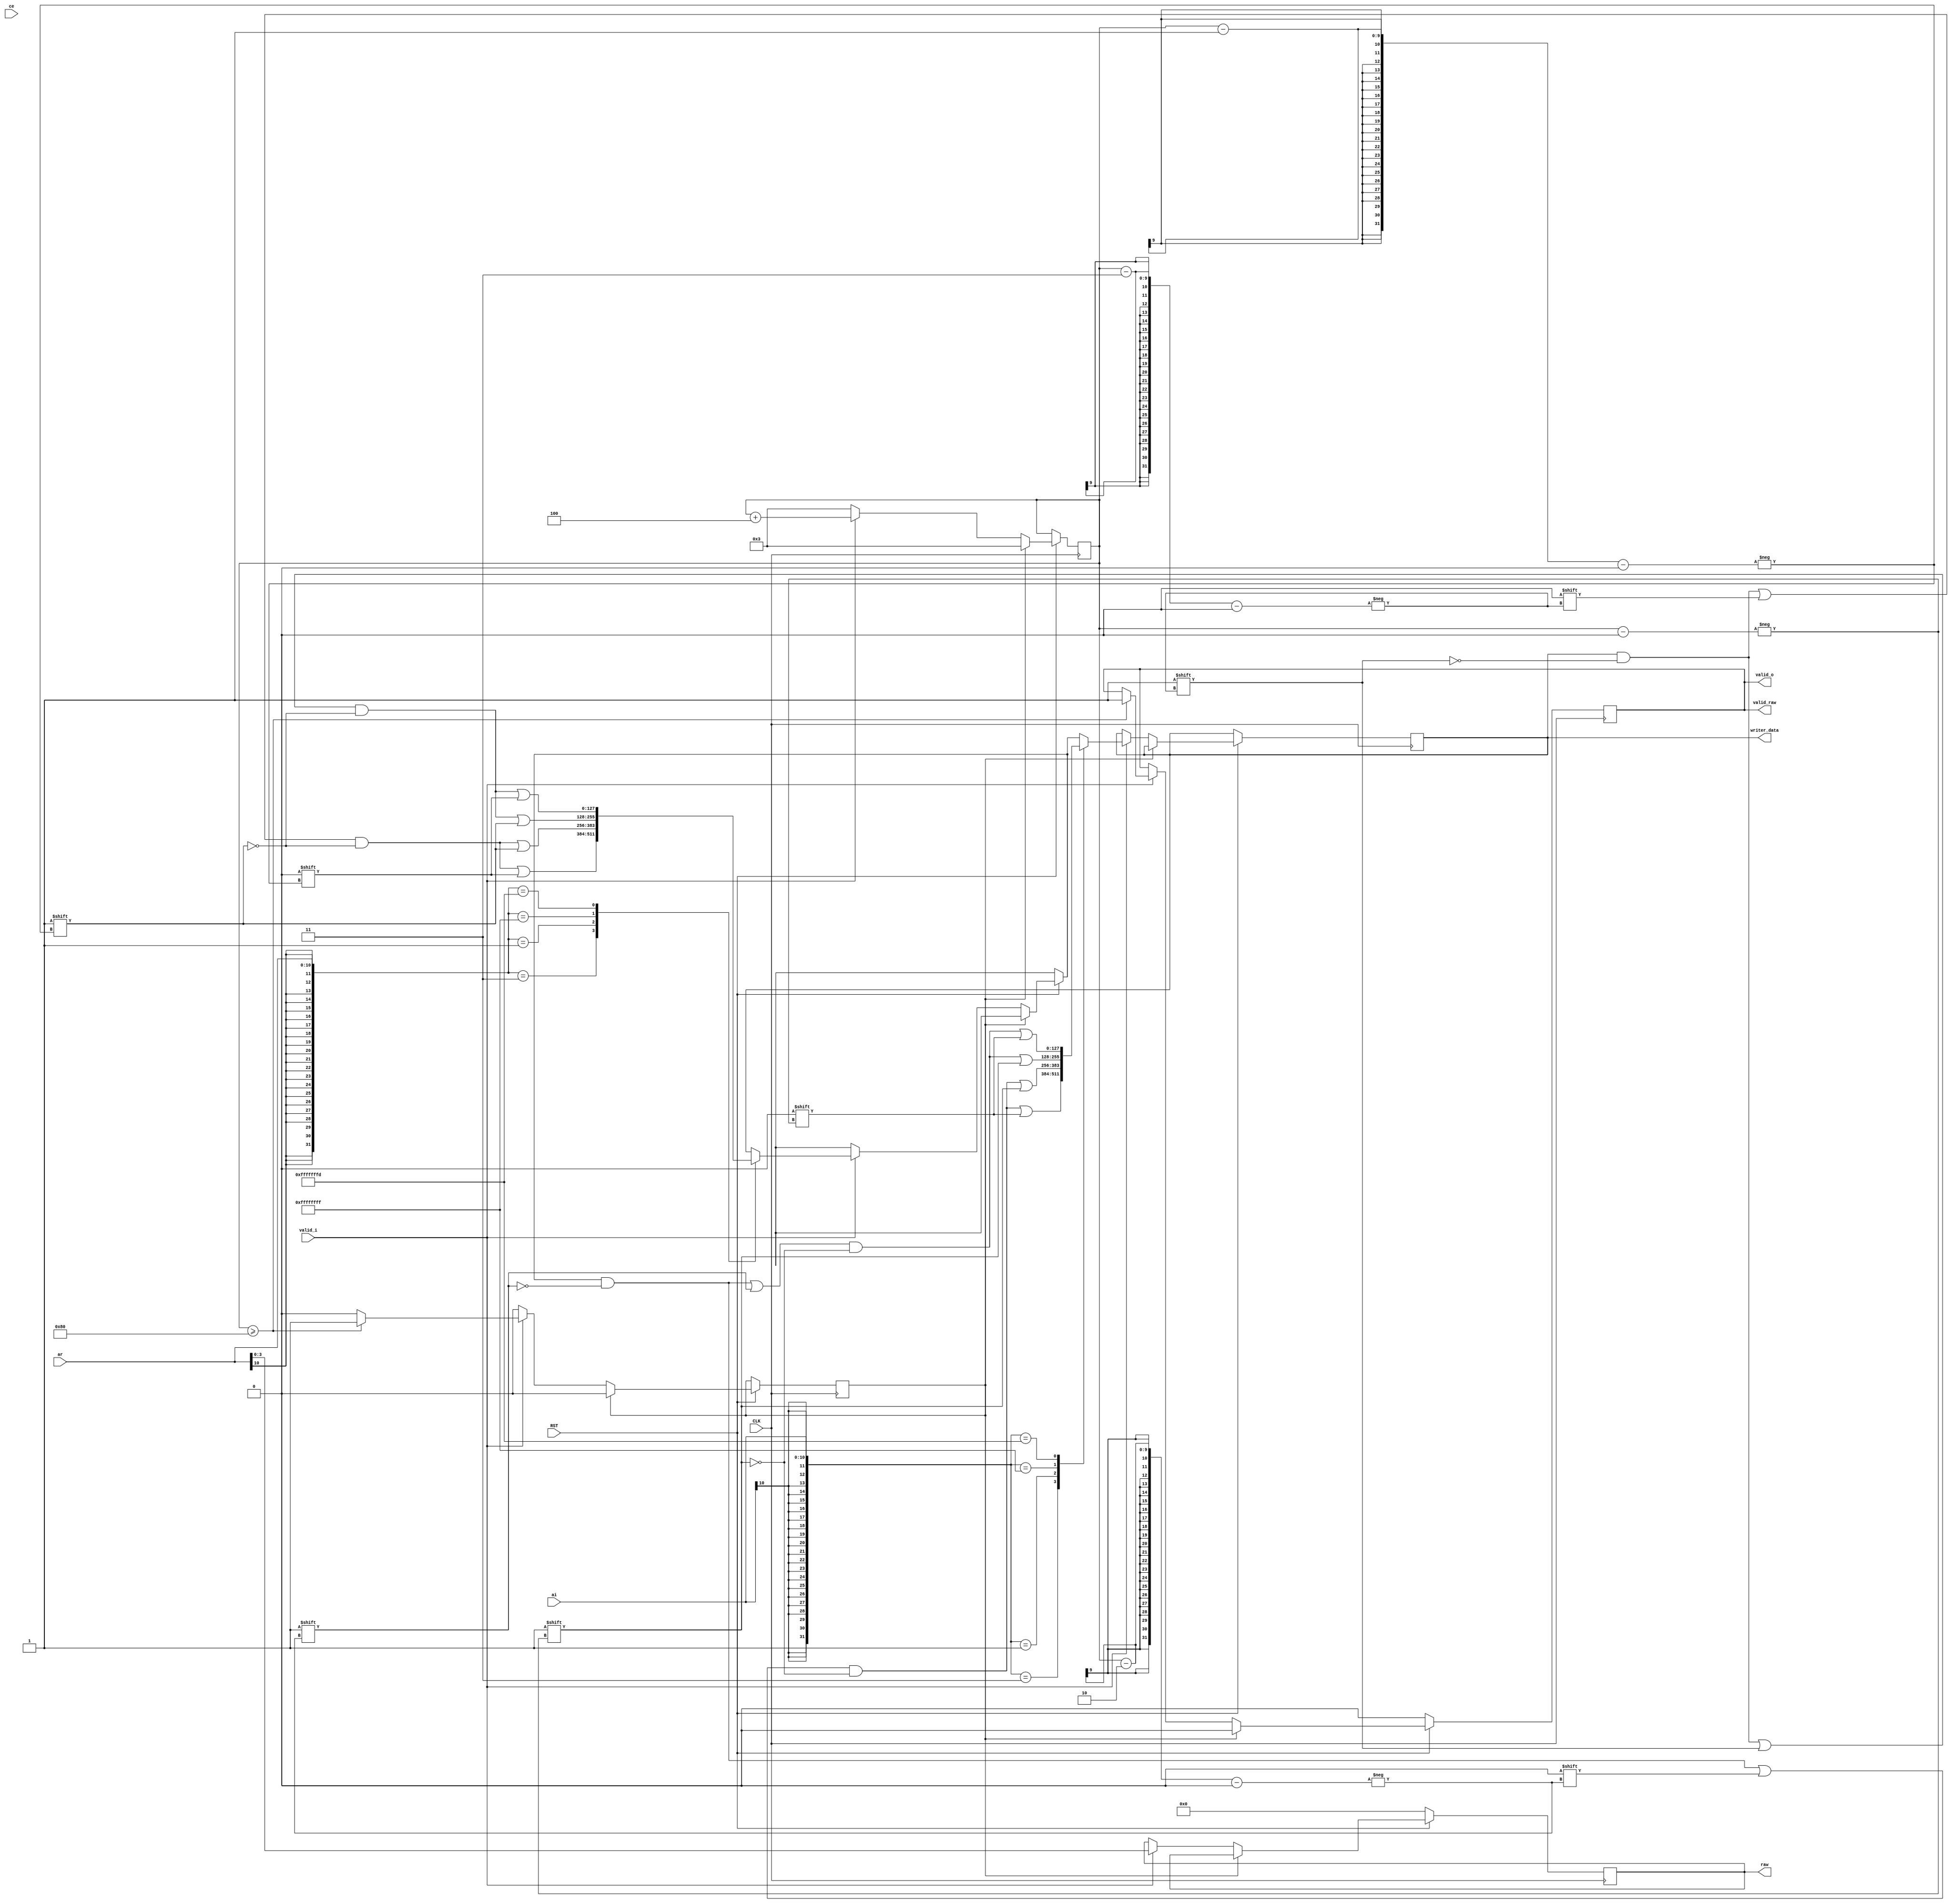
`timescale 1ns / 1ps

module iqdemap_qpsk(
                    input               CLK,
                    input               RST,
                    input               ce,
                    input               valid_i,
                    input signed [10:0] ar,
                    input signed [10:0] ai,
                    output reg          valid_o,
                    output reg [127:0]  writer_data,
                    output              valid_raw,
                    output reg [3:0]    raw
                    );

   reg [8:0]                            cnt;
   reg                                  write_data_output_flg;

   assign valid_raw = valid_o;
   
   
   always@(posedge CLK)
     begin
        if(!RST)
          begin
             valid_o <= 0;
             raw <= 0;
          end
        else
          begin
             if(write_data_output_flg)  
               begin
                  cnt <= 3;
                  write_data_output_flg <= 0;
                  valid_o <= 0;              
               end
             else
               begin
                  if(valid_i)
                    begin
                       raw <= ar;
                       case(ar)
                         3:
                           begin
                              writer_data[cnt-3] = 0;
                              writer_data[cnt-1] = 0;
                           end
                         1:
                           begin
                              writer_data[cnt-3] = 0;
                              writer_data[cnt-1] = 1;
                           end
                        -1:
                          begin
                             writer_data[cnt-3] = 1;
                             writer_data[cnt-1] = 1;
                          end
                        -3:
                          begin
                             writer_data[cnt-3] = 1;
                             writer_data[cnt-1] = 0;
                          end                            
                       endcase // case (ar)
                       case(ai)
                         3:
                           begin
                              writer_data[cnt-2] = 0;
                              writer_data[cnt] = 0;
                           end
                         1:
                           begin
                              writer_data[cnt-2] = 0;
                              writer_data[cnt] = 1;
                           end
                         -1:
                           begin
                              writer_data[cnt-2] = 1;
                              writer_data[cnt] = 1;
                           end
                        -3:
                          begin
                             writer_data[cnt-2] = 1;
                             writer_data[cnt] = 0;
                          end
                       endcase // case (ar)

                       cnt <= cnt + 4;
                       if(cnt >= 128)
                         begin
                            write_data_output_flg <= 1;
                            valid_o <= 1;
                         end
                    end
                  else
                    begin
                       cnt <= 3;
                       
                    end 
               end 
          end
        
     end
   

   
endmodule